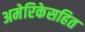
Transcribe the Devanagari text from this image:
अमेरिकेसहित